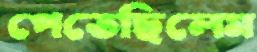
পেতেছিলেম